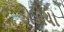
ડોડીયા